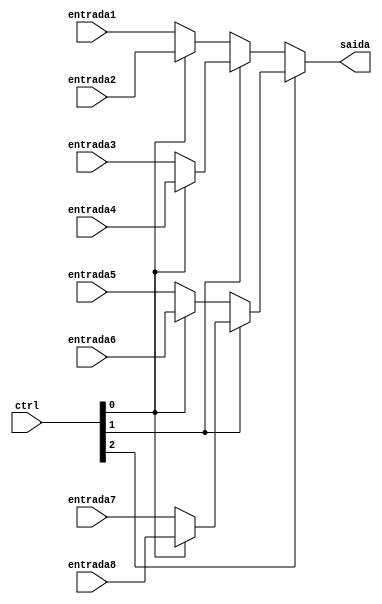
module mux16bit1p8(
input [15:0] entrada1, entrada2, entrada3, entrada4, entrada5, entrada6, entrada7, entrada8, 
input [2:0] ctrl,
output [15:0] saida
);
//

assign saida = ctrl[2]?ctrl[1]?ctrl[0]?entrada8:entrada7:
										 ctrl[0]?entrada6:entrada5:
							  ctrl[1]?ctrl[0]?entrada4:entrada3:
										 ctrl[0]?entrada2:entrada1;


endmodule